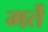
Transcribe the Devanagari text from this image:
मर्ते